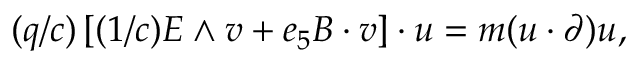
( q / c ) \left[ ( 1 / c ) E \wedge v + e _ { 5 } B \cdot v \right] \cdot u = m ( u \cdot \partial ) u ,